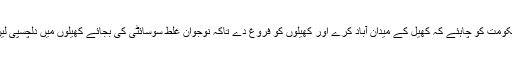
حکومت کو چاہئے کہ کھیل کے میدان آباد کرے اور کھیلوں کو فروغ دے تاکہ نوجوان غلط سوسائٹی کی بجائے کھیلوں میں دلچسپی لیں۔